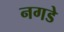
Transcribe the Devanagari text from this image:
नगडे